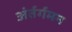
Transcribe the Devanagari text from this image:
अंर्तर्गमन